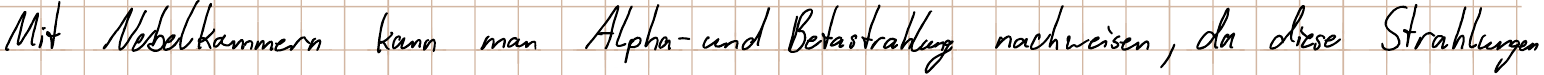
Mit Nebelkammern kann man Alpha- und Betastrahlung nachweisen, da diese Strahlungen